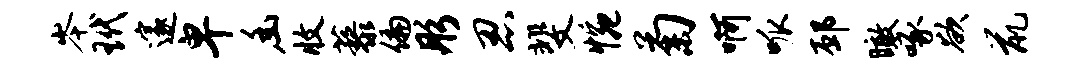
岑玳邃卑幽收藜偏彤忍斐惋菊啊呱邳瞰啄欲鼠